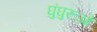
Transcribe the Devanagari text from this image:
घुंघुरूओं